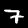
Digit: 7